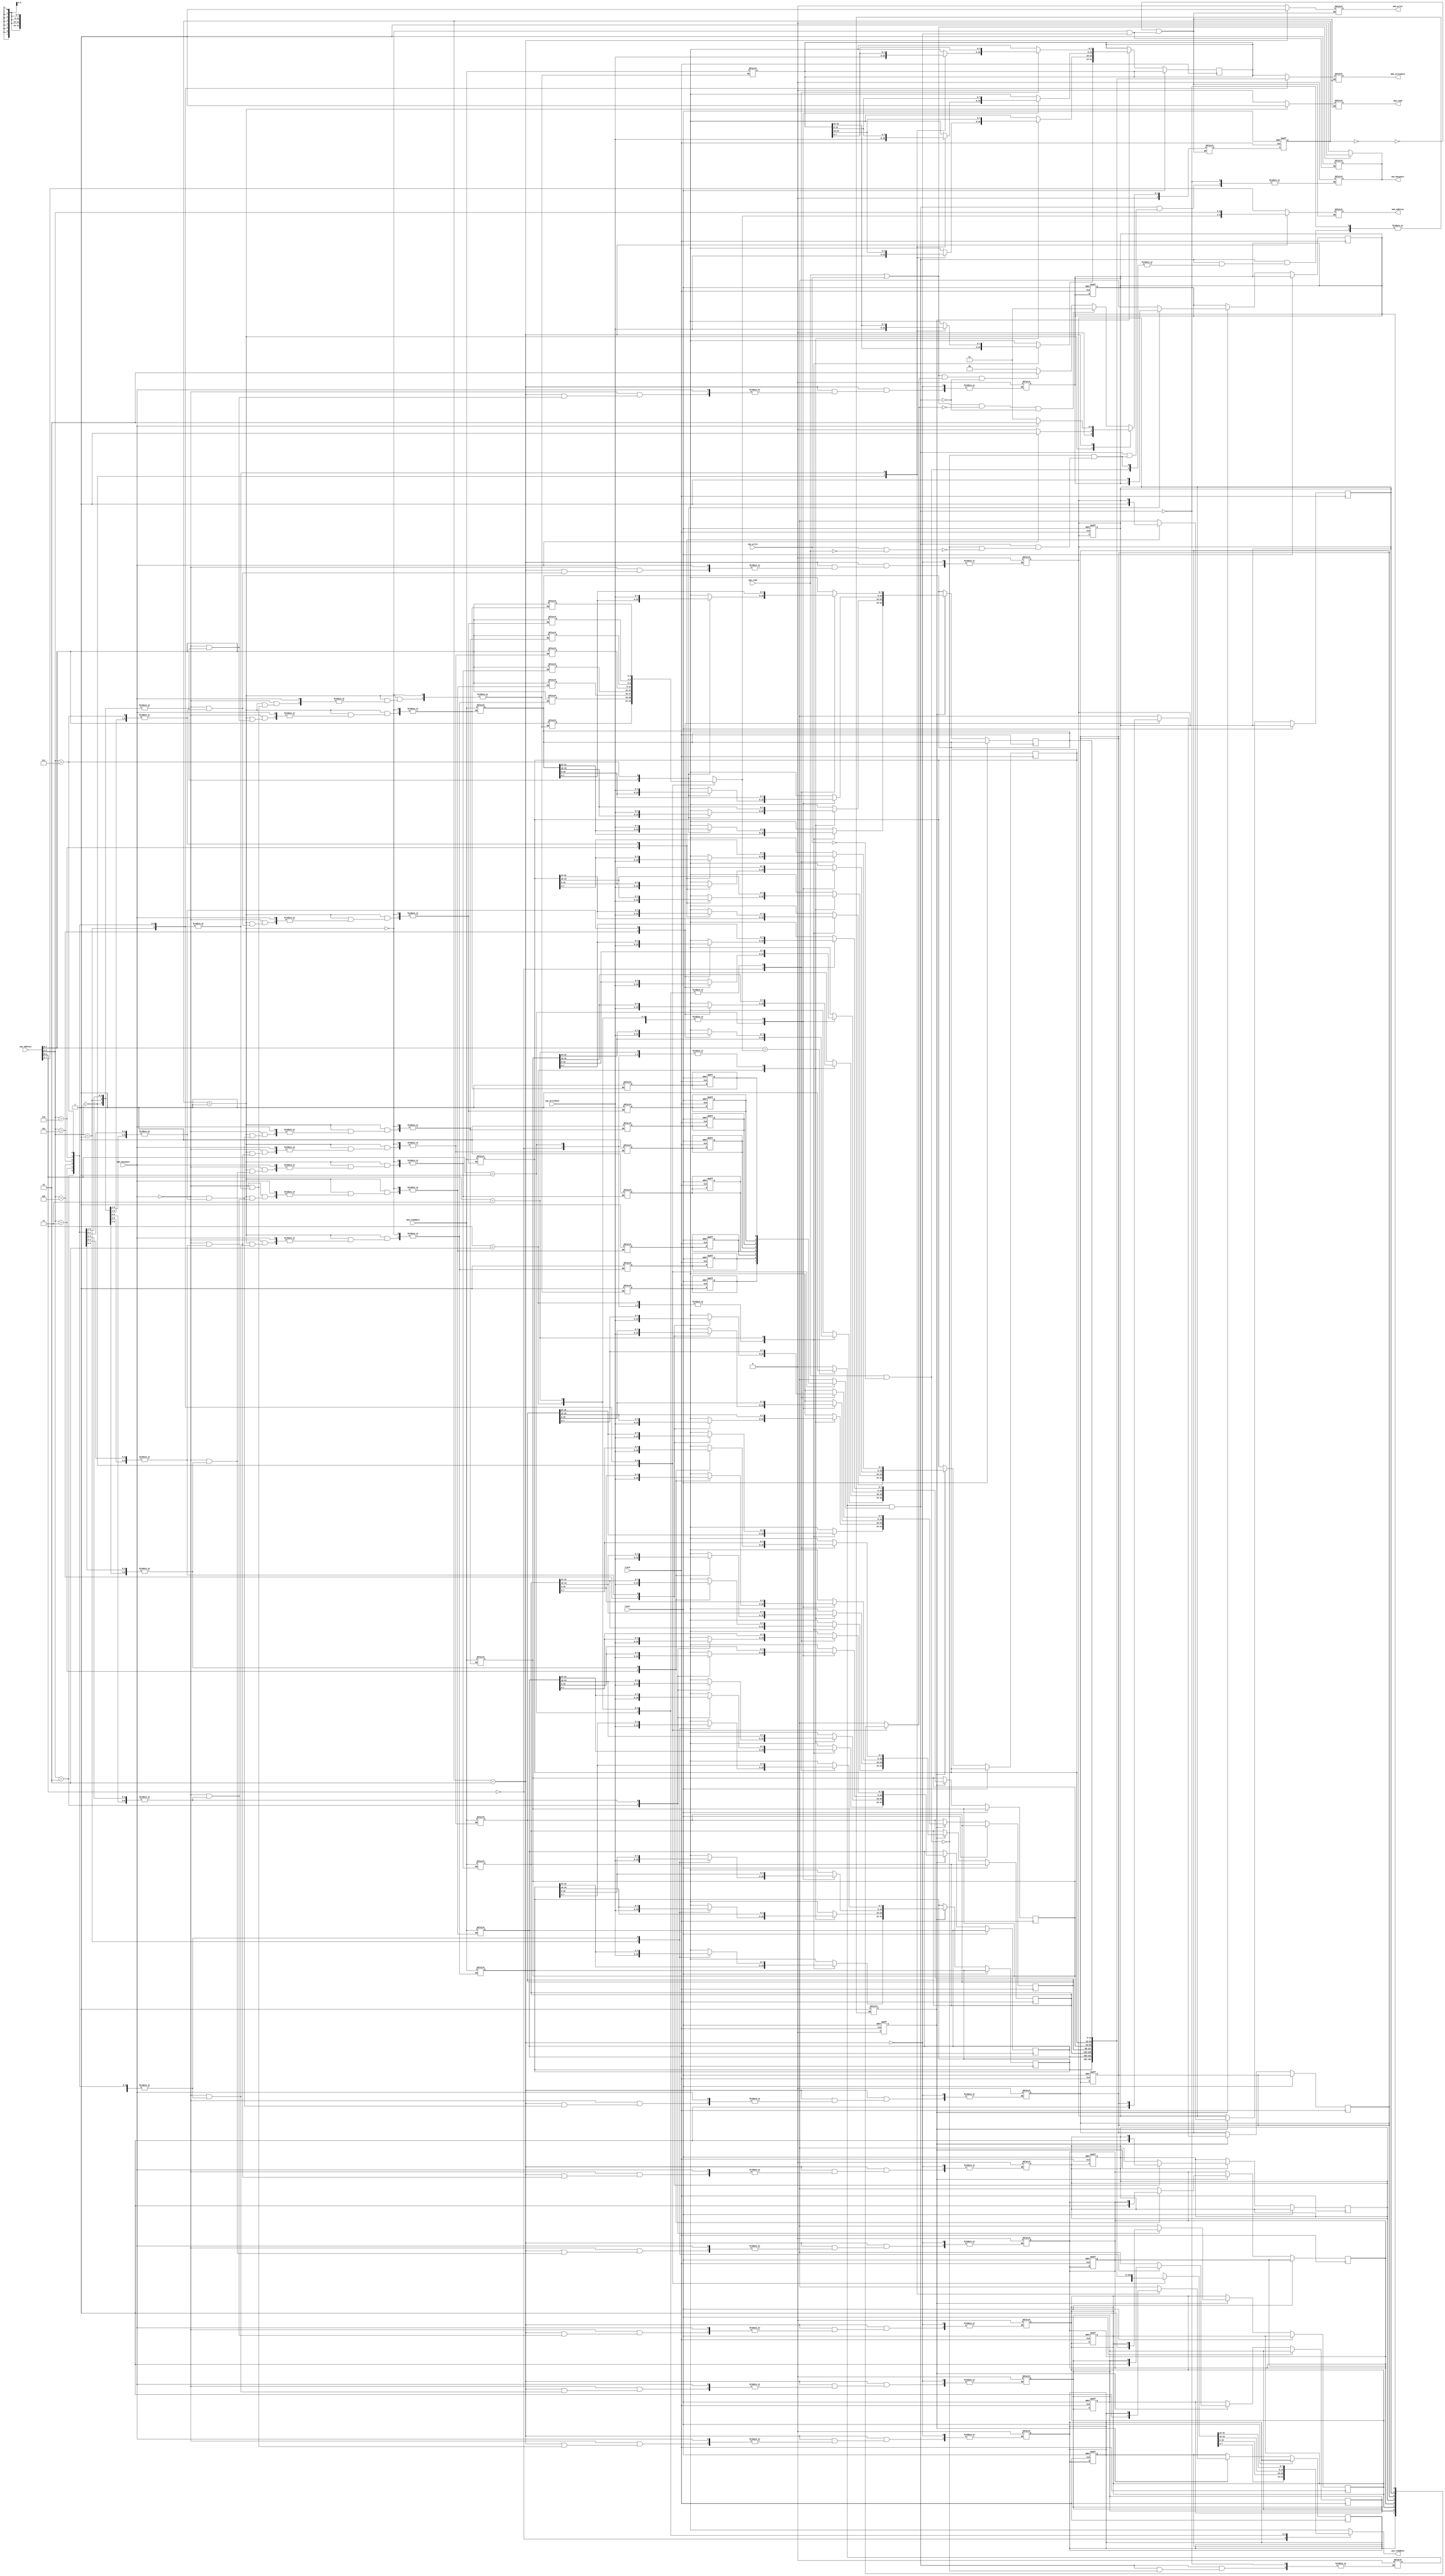
/*
CO224 Computer Architecture
Lab 6 Part 2 Data Cache 
Group 32
*/

`timescale 1ns/100ps
module data_cache (
    clock, reset, cpu_read, cpu_write, cpu_address, cpu_writedata, cpu_readdata, cpu_busywait,
mem_read, mem_write, mem_address, mem_writedata, mem_readdata, mem_busywait
);
    
    // port declaration
    input clock;
    input reset;

    // inputs to data cache from CPU
    input cpu_read;
    input cpu_write; 
    input [7:0] cpu_writedata;
    input [7:0] cpu_address; 

    // outputs from data cache to CPU
    output reg cpu_busywait;
    output reg [7:0] cpu_readdata;

    // inputs to data cache from Memory
    input mem_busywait;
    input [31:0] mem_readdata;

    // outputs from data cache to Memory
    output reg mem_read;
    output reg mem_write;
    output reg [31:0] mem_writedata;
    output reg [5:0] mem_address;

    // wires and registers to send and store signals
    reg tagMatch;   // checking if the tags match
    reg writeToCache; // checking writing to cache
    wire [2:0] tag;     //wire for the tag
    wire [2:0] index;   //wire for the index
    wire [2:0] cache_tag;   //wire for the cache tag
    wire [1:0] offset;  //wire for the offset
    wire isDirty;   // wire for dirty bit
    wire isHit;     // wire for is hit

    // Arrays for the cache
    reg validBitArray [7:0];    //array to store the valid bit
    reg dirtyBitArray [7:0];    //array to store the dirty bit
    reg [2:0] tagArray [7:0];    //array to store the tag array
    reg [31:0] dataBlockArray [7:0];    //array to store the data block array

    // decoding the address to get tag, index, and offset
    assign #1 tag = cpu_address[7:5];
    assign #1 index = cpu_address[4:2];
    assign #1 offset = cpu_address[1:0];

    // setting the busywait signal when there is a read or write
    always @* begin
        cpu_busywait = (cpu_read || cpu_write) ? 1 : 0;
    end

    // assigning the dirty bit
    assign #1 isDirty = dirtyBitArray[index];

    // assigning the cache tag
    assign cache_tag = tagArray[index];

    // Doing the tag comparison
    always @(index, cache_tag, tag) begin
        #0.9 // delay for tag comparison
        if (tag == cache_tag) begin
            tagMatch = 1;
        end
        else begin
            tagMatch = 0;
        end
    end

    // checking for a hit or a miss
    assign isHit = tagMatch & validBitArray[index];

    // reading the corresponding data value from the cache 
    always @(*) begin
        case (offset)
            0: cpu_readdata = dataBlockArray[index][7:0];
            1: cpu_readdata = dataBlockArray[index][15:8];
            2: cpu_readdata = dataBlockArray[index][23:16];
            3: cpu_readdata = dataBlockArray[index][31:24];
        endcase
    end

    // changing the control signals when there is a hit
    always @(*) begin
        if (isHit) begin
            if (cpu_read && (!cpu_write)) begin
                cpu_busywait = 0;   // de-asserting busywait signal to prevent CPU from stalling
                tagMatch = 0;
            end
            else if (cpu_write && (!cpu_read)) begin
                cpu_busywait = 0;   // de-asserting busywait signal to prevent CPU from stalling
                writeToCache = 1;   // to show a write hit
            end
        end
    end

    always @(posedge clock or posedge reset) begin
        if (reset) begin
            writeToCache = 0;
        end
        // writing data to the cache at the next positive egde of the clk cycle
        else if (writeToCache == 1) begin
            #1
            case (offset)
                0: dataBlockArray[index][7:0] = cpu_writedata;
                1: dataBlockArray[index][15:8] = cpu_writedata;
                2: dataBlockArray[index][23:16] = cpu_writedata;
                3: dataBlockArray[index][31:24] = cpu_writedata;
            endcase
            dirtyBitArray[index] = 1;   //because the cache is inconsistent with the memory now
            writeToCache = 0;
        end
    end



    /* Cache Controller FSM Start */

    // Defining the 3 states, IDLE, MEM_READ and MEM_WRITE
    parameter IDLE = 3'b000, MEM_READ = 3'b001, MEM_WRITE = 3'b010;
    reg [2:0] state;    //register to hold the current state 
    reg[2:0] next_state;    //register to hold the next state

    // combinational next state logic
    always @(*) begin
        case (state)
            IDLE:
                if ((cpu_read || cpu_write) && !isDirty && !isHit)  //condition for the transition to MEM_READ state
                    next_state = MEM_READ;
                else if ((cpu_read || cpu_write) && isDirty && !isHit)  //condition for the transition to MEM_WRITE state
                    next_state = MEM_WRITE;
                else
                    next_state = IDLE;  //otherwise remaining in IDLE state
            
            MEM_READ:
                if (!mem_busywait)
                    next_state = IDLE;  //moving back to IDLE when memory is not busy
                else    
                    next_state = MEM_READ;  //otherwise remain in MEM_READ state
            MEM_WRITE:
                if (!mem_busywait)
                    next_state = MEM_READ;  //moving to MEM_READ state when memory is not busy
                else
                    next_state = MEM_WRITE; //otherwise remain in MEM_WRITE
        endcase
    end

    // combinational output logic
    //To determine the control signals and actions based on the current state
    always @(*) begin
        case(state)
            IDLE: begin
                mem_read = 0;
                mem_write = 0;
                mem_address = 6'dx;
                mem_writedata = 32'dx;
            end
         
            MEM_READ: begin
                mem_read = 1;   //to initiate a memory read
                mem_write = 0;
                mem_address = {tag, index}; // memory address set using tag and index values
                mem_writedata = 32'dx;
                cpu_busywait = 1;   // to stall the cpu

                // when memory read is complete, cache is updated
                #1 if (mem_busywait == 0) begin 
                    dataBlockArray[index] = mem_readdata;
                    validBitArray[index] = 1;
                    tagArray[index] = tag;
                end
            end

            MEM_WRITE: begin
                mem_read = 0;
                mem_write = 1;  //to initiate a memory write
                mem_address = {cache_tag, index};   //memory address is set using cache_tag and index
                mem_writedata = dataBlockArray[index];  //set to the data from the cache
                cpu_busywait = 1;   // to stall the CPU

                // when memory write is complete, dirtybit array is cleared
                if (mem_busywait == 0) begin
                    dirtyBitArray[index] = 0;
                end
            end
        endcase
    end

    // sequential logic for state transitioning 
    integer i;
    always @(posedge clock or posedge reset) begin
        // when reset is asserted FSM transitions to the IDLE state
        // all entries in irtyBitArray and validBitArray are set to zero
        if (reset) begin
            state = IDLE;
            for (i = 0; i < 8; i = i + 1) begin
                dirtyBitArray[i] = 0;
                validBitArray[i] = 0;
            end
        end
        else
            state = next_state; // otherwise FSM transitions to the next state
    end

    /* Cache Controller FSM End */

endmodule